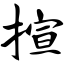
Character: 揎